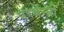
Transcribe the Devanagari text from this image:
परबेंग्नी